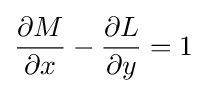
{\frac {\partial M}{\partial x}}-{\frac {\partial L}{\partial y}}=1